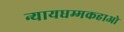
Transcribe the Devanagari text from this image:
न्यायधम्मकहाओ